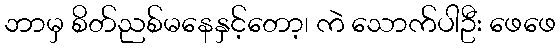
ဘာမှ စိတ်ညစ်မနေနှင့်တော့၊ ကဲ သောက်ပါဦး ဖေဖေ